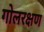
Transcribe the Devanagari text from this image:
गोलरक्षण